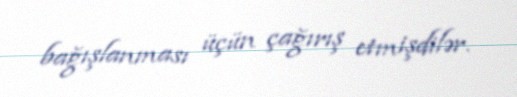
bağışlanması üçün çağırış etmişdilər.